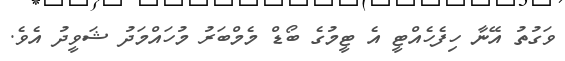
ވަގުތު އޭނާ ހިފެހެއްޓީ އެ ޓީމުގެ ބޯޑް މެމްބަރު މުހައްމަދު ޝަވީދު އެވެ.